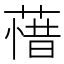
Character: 𮶲